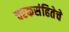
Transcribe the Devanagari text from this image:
चरकसंहितेचे